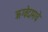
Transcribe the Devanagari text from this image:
ऋग्वेदामधे